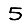
Digit: 5